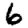
Digit: 6